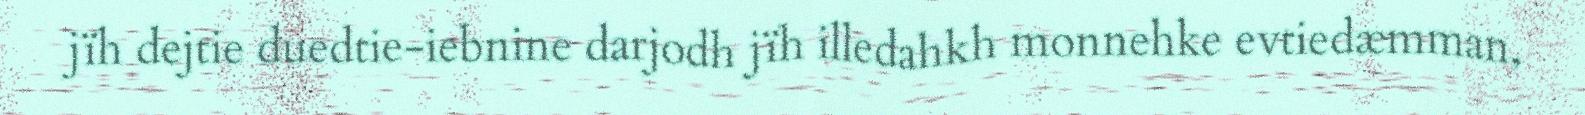
jïh dejtie duedtie-iebnine darjodh jïh illedahkh monnehke evtiedæmman,